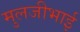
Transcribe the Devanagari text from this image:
मुलजीभाई